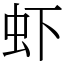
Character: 虾